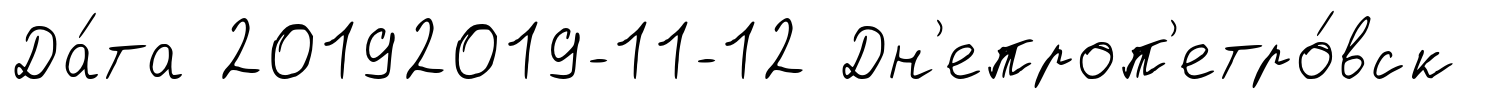
Да́та 20192019-11-12 Дн'епроп'етро́вск